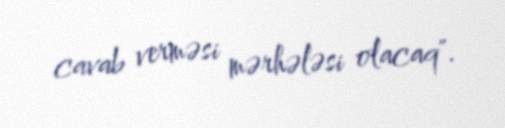
cavab verməsi mərhələsi olacaq".